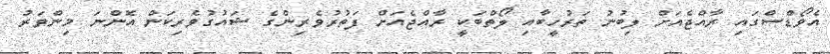
އެވޯޑްސްގައި ރާއްޖެއަށް ލިބުނު ތަރުހީބާއި ލޯތްބަކީ ރާއްޖެއަށް ފަތުރުވެރިންގެ ޝައުގުވެރިކަން އޮންނަ މިންވަރު